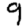
Digit: 9